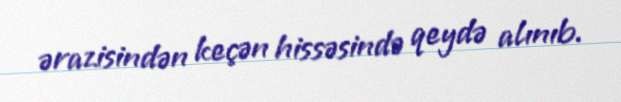
ərazisindən keçən hissəsində qeydə alınıb.